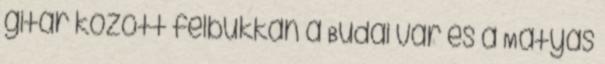
gitár között felbukkan a Budai vár és a Mátyás